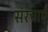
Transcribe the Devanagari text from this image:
संरचाएँ